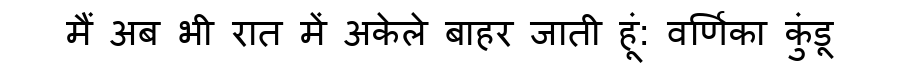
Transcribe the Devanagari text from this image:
मैं अब भी रात में अकेले बाहर जाती हूं: वर्णिका कुंडू